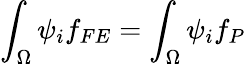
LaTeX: \int_{\Omega}\psi_{i}f_{FE}=\int_{\Omega}\psi_{i}f_{P}